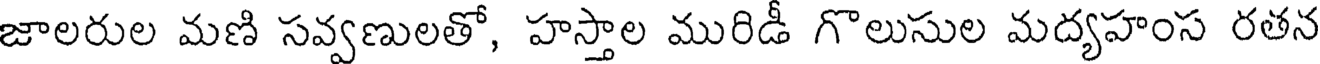
జాలరుల మణి సవ్వణులతో, హస్తాల మురిడీ గొలుసుల మద్యహంస రతన